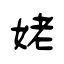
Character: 姥